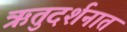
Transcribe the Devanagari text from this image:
ऋतुदर्शनात